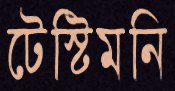
টেস্টিমনি